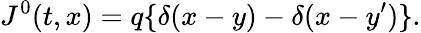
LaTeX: J^{0}(t,x)=q\{ \delta(x-y)-\delta(x-y^{\prime})\} .